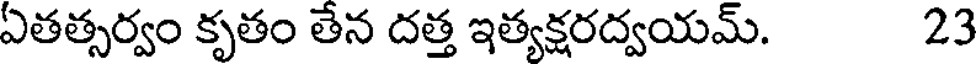
ఏతత్సర్వం కృతం తేన దత్త ఇత్యక్షరద్వయమ్. 23